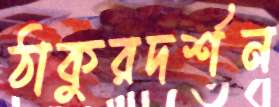
ঠাকুরদর্শন